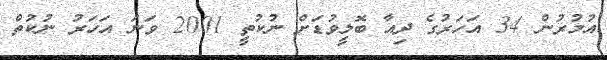
އުމުރުން 34 އަހަރުގެ ދިއާ ބޮލީވުޑަށް ނުކުތީ 2001 ވަނަ އަހަރު ނުކުތް